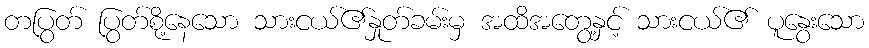
တပြွတ် ပြွတ်စို့နေသော သားငယ်၏နှုတ်ခမ်းမှ အထိအတွေ့နှင့် သားငယ်၏ ပူနွေးသော